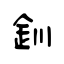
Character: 釧